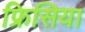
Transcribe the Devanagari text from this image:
फ्रिसिया